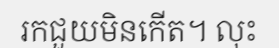
រកជួយមិនកើត។ លុះ